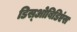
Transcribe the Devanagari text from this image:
डिस्‌ओबिडिएंस